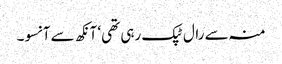
منہ سے رال ٹپک رہی تھی‘ آنکھ سے آنسو۔